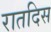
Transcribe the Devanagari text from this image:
रातदिस